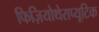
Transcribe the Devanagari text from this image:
फिज़ियोथेराप्यूटिक